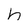
Character: h